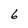
Character: 6